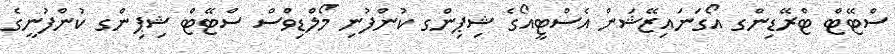
ސްޓޭޓް ޓްރޭޑިންގ އޯގަނައިޒޭޝަން އެސްޓީއޯގެ ޝިޕިންގ ކުންފުނި މޯލްޑިވްސް ސްޓޭޓް ޝިޕިންގ ކުންފުނީގެ